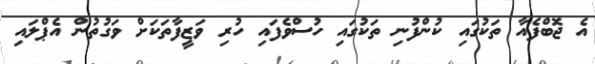
އެ ޖޮބްފެއާ ތަކުގައި ކުންފުނި ތަކުގައި ހުސްވެފައި ހުރި ވަޒީފާތަކަށް ވަގުތުން އެޕްލައި